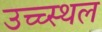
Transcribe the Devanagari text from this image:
उच्च्स्थल